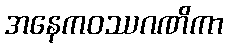
အနေကဝဿဂဏိကာ